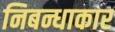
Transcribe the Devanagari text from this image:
निबन्धाकार